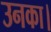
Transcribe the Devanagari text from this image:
उनका।